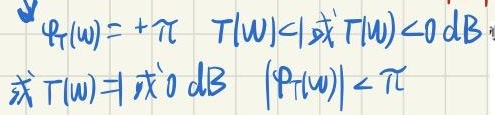
当\(|T(\omega)|<1\)或\(T(\omega)<0 \text{ dB}\) ，有\(\varphi_T(\omega)=+\pi\)；当\(T(\omega)=1\)或\(0\text{ dB}\)，有\(|\varphi_T(\omega)|<\pi\) 。